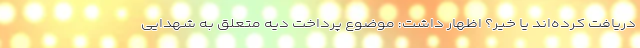
دریافت کرده‌اند یا خیر؟ اظهار داشت: موضوع پرداخت دیه متعلق به شهدایی